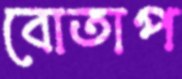
বোতাপ